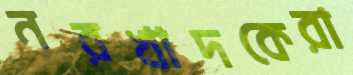
নরখাদকেরা